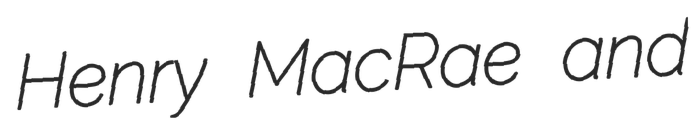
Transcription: Henry MacRae and